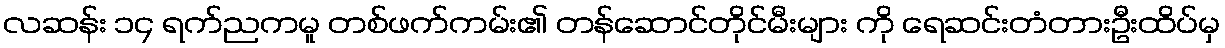
လဆန်း ၁၄ ရက်ညကမူ တစ်ဖက်ကမ်း၏ တန်ဆောင်တိုင်မီးများ ကို ရေဆင်းတံတားဦးထိပ်မှ